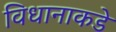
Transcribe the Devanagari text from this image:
विधानाकडे